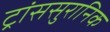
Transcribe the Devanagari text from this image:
ट्रांससुरानिक